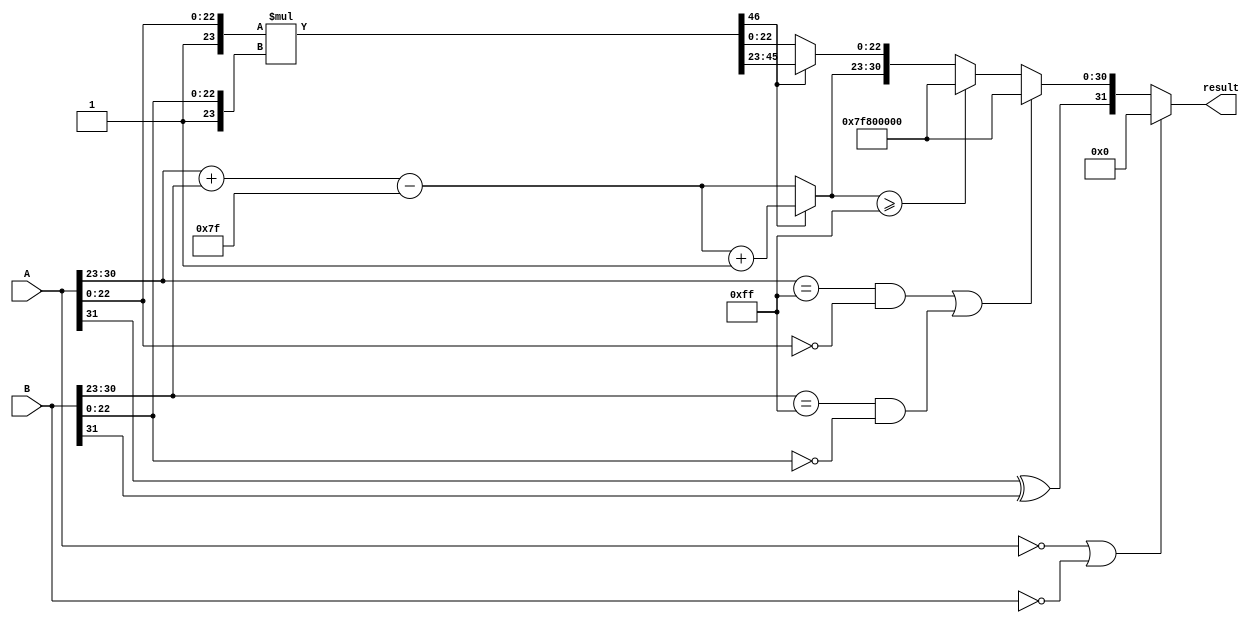
module floating_point_multiplier (
    input [31:0] A, // First floating-point input
    input [31:0] B, // Second floating-point input
    output reg [31:0] result // Resulting floating-point output
);

    // Constants
    localparam BIAS = 8'd127;
    localparam EXPONENT_BITS = 8;
    localparam MANTISSA_BITS = 23;
    
    // Decompose inputs
    wire sign_A = A[31];
    wire sign_B = B[31];
    wire [EXPONENT_BITS-1:0] exp_A = A[30:23];
    wire [EXPONENT_BITS-1:0] exp_B = B[30:23];
    wire [MANTISSA_BITS-1:0] frac_A = A[22:0];
    wire [MANTISSA_BITS-1:0] frac_B = B[22:0];

    // Intermediate signals
    wire [MANTISSA_BITS*2:0] frac_result; // 46 bits for mantissa multiplication
    wire [EXPONENT_BITS-1:0] exp_result;
    wire sign_result;
    wire [MANTISSA_BITS*2-1:0] normalized_frac;
    wire [EXPONENT_BITS-1:0] adjusted_exp;
    
    // Handle special cases
    wire is_zero_A = (A == 32'b0);
    wire is_zero_B = (B == 32'b0);
    wire is_inf_A = (exp_A == 8'hFF && frac_A == 23'b0);
    wire is_inf_B = (exp_B == 8'hFF && frac_B == 23'b0);
    
    always @(*) begin
        // Check for zero inputs
        if (is_zero_A || is_zero_B) begin
            result = 32'b0; // Result is zero
        end else if (is_inf_A || is_inf_B) begin
            // If either input is infinity, return infinity
            result = {sign_A ^ sign_B, 8'hFF, 23'b0};
        end else begin
            // Calculate sign
            sign_result = sign_A ^ sign_B;

            // Calculate exponent
            exp_result = exp_A + exp_B - BIAS;

            // Multiply mantissas
            frac_result = {1'b1, frac_A} * {1'b1, frac_B}; // Include implicit leading 1

            // Normalize the result
            if (frac_result[MANTISSA_BITS*2] == 1'b1) begin
                // If overflow, shift right
                normalized_frac = frac_result[MANTISSA_BITS*2-1:MANTISSA_BITS];
                adjusted_exp = exp_result + 1;
            end else begin
                // No overflow, take the mantissa directly
                normalized_frac = frac_result[MANTISSA_BITS-1:0];
                adjusted_exp = exp_result;
            end

            // Check for overflow
            if (adjusted_exp >= 8'hFF) begin
                result = {sign_result, 8'hFF, 23'b0}; // Set to infinity
            end else begin
                // Assemble the result
                result = {sign_result, adjusted_exp, normalized_frac[MANTISSA_BITS-1:0]};
            end
        end
    end
endmodule